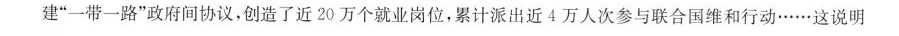
建”一带一路”政府间协议，创造了近20万个就业岗位，累计派出近4万人次参与联合国维和行动……这说明